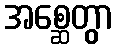
အစ္ဆေတွာ